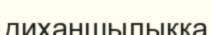
диханшылыққа